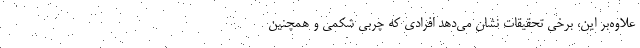
علاوه‌بر این، برخی تحقیقات نشان می‌دهد افرادی که چربی شکمی و همچنین